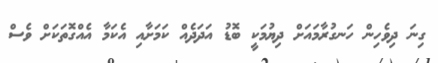
ގިނަ ދިވެހިން ހަނގުރާމައަށް ދިޔުމަކީ ބޮޑު އަދަދެއް ކަމަށާއި އެކަމާ އެއްގޮތަކަށް ވެސް